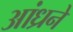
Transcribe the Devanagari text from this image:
आंध्रने